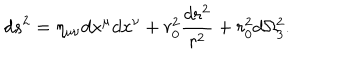
LaTeX: d s ^ { 2 } = \eta _ { \mu \nu } d x ^ { \mu } d x ^ { \nu } + r _ { 0 } ^ { 2 } \frac { d r ^ { 2 } } { r ^ { 2 } } + r _ { 0 } ^ { 2 } d \Omega _ { 3 } ^ { 2 } .